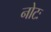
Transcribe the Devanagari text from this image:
नोटः